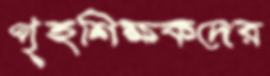
গৃহশিক্ষকদের